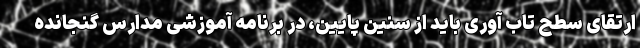
ارتقای سطح تاب آوری باید از سنین پایین، در برنامه آموزشی مدارس گنجانده